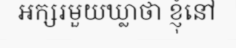
អក្សរមួយឃ្លាថា ខ្ញុំនៅ